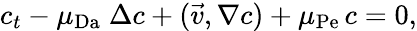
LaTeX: c_{t}-\mu_{\mathrm{Da}}\; \Delta c+(\vec{v},\nabla c)+\mu_{\mathrm{Pe}}\, c=0,